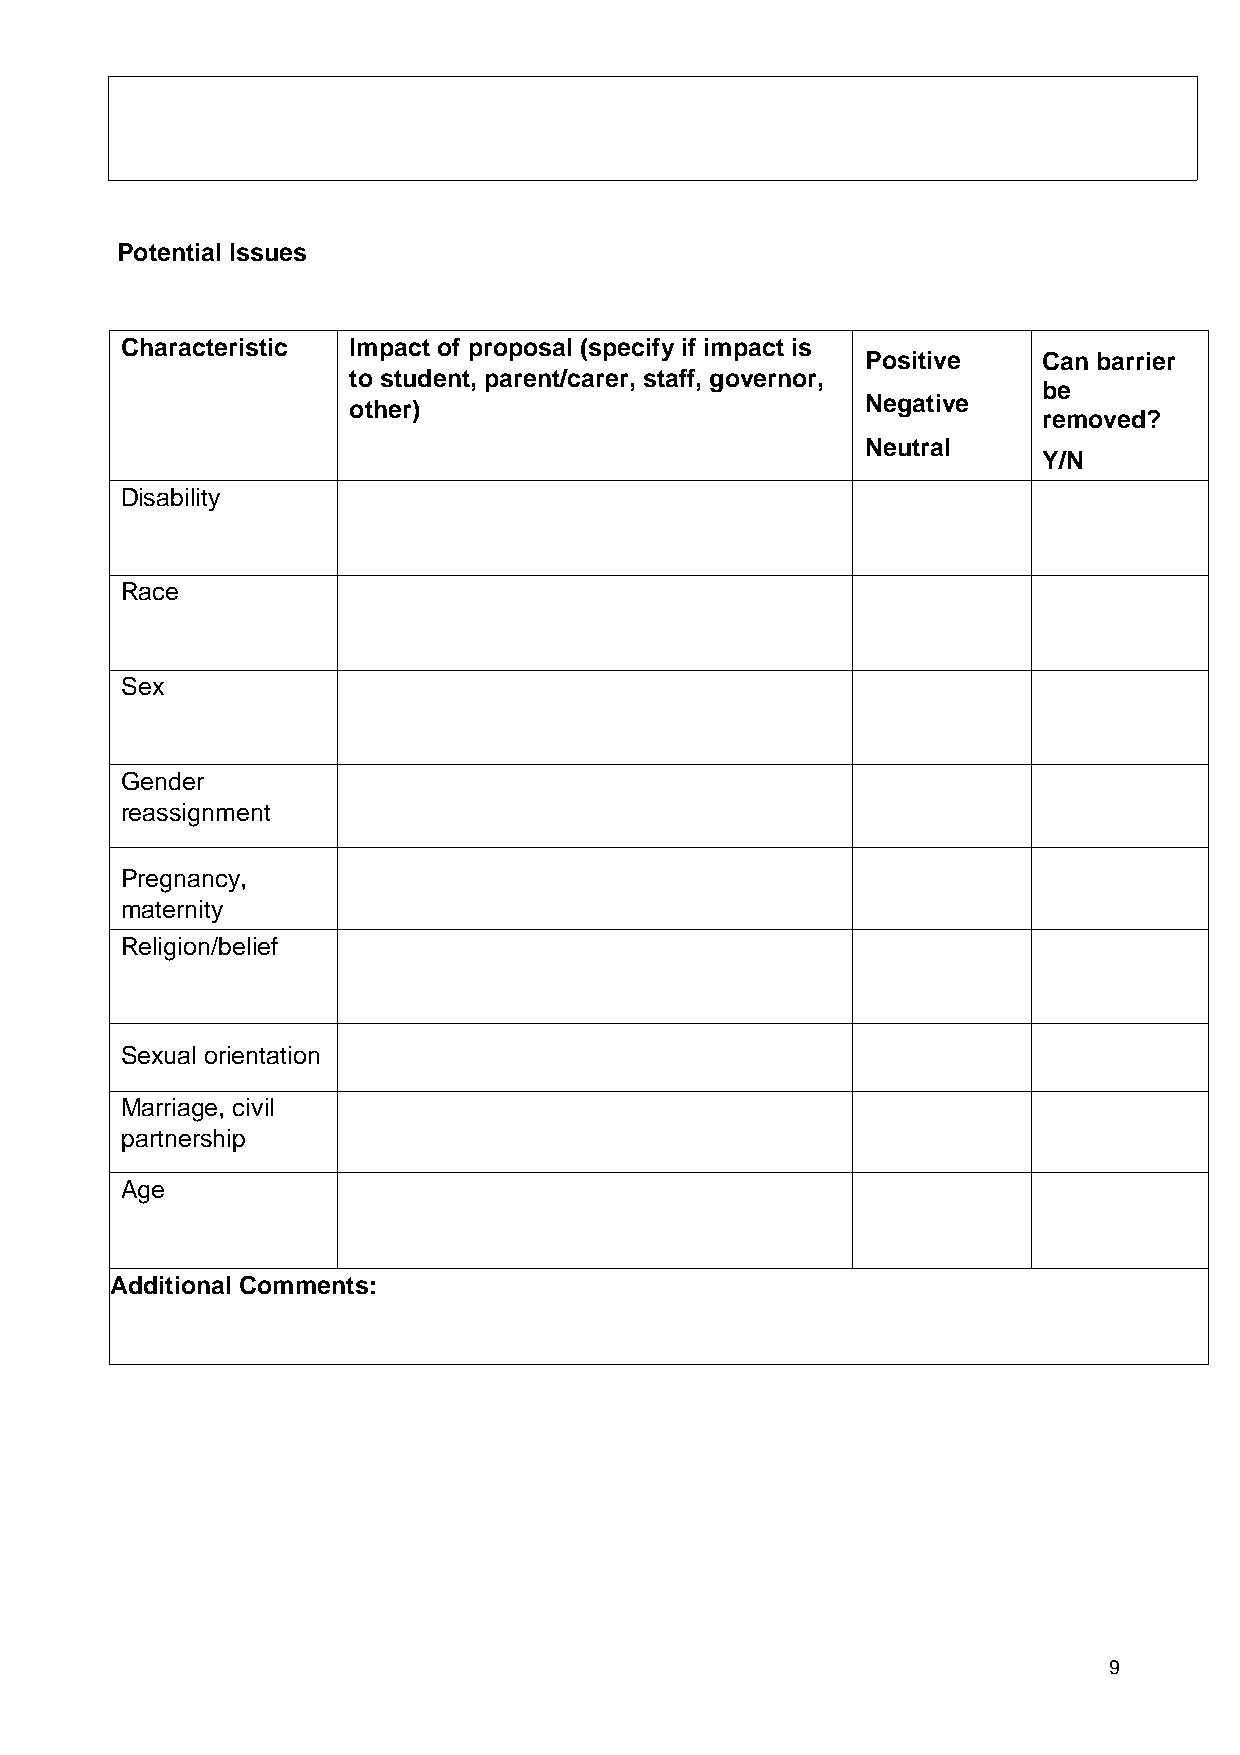
Potential Issues
 Characteristic Impact of proposal (specify if impact is
 Positive    Can barrier
 to student, parent/carer, staff, governor,
 be
 other)                            Negative
 removed?
 Neutral
 Y/N
 Disability
 Race
 Sex
 Gender
 reassignment
 Pregnancy,
 maternity
 Religion/belief
 Sexual orientation
 Marriage, civil
 partnership
 Age
 Additional Comments:
 9